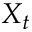
X _ { t }